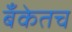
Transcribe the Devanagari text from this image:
बँकेतच